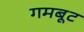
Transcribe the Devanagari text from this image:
गमबूट